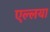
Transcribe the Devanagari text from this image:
एल्लया